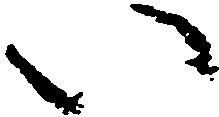
い